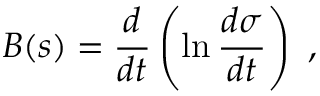
B ( s ) = \frac { d } { d t } \left( \ln { \frac { d \sigma } { d t } } \right) ~ ,